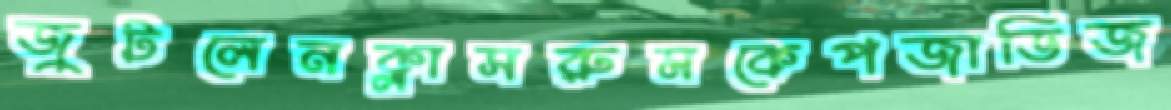
জুটলেনক্লাসরুমকেপজাডিজ